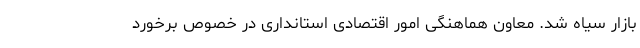
بازار سیاه شد. معاون هماهنگی امور اقتصادی استانداری در خصوص برخورد